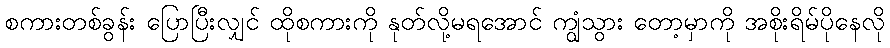
စကားတစ်ခွန်း ပြောပြီးလျှင် ထိုစကားကို နုတ်လို့မရအောင် ကျွံသွား တော့မှာကို အစိုးရိမ်ပိုနေလို